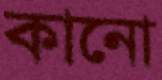
কানো